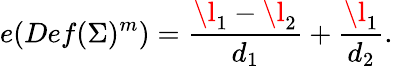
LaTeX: e(Def(\Sigma)^{m})={\frac{\l_{1}-\l_{2}}{d_{1}}}+{\frac{\l_{1}}{d_{2}}}.